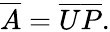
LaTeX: {\overline{{A}}}={\overline{{U}}}{\overline{{P}}}.